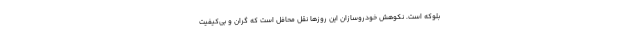
بلوکه است. نکوهش خودروسازان این روزها نقل محافل است که گران و بی‌کیفیت